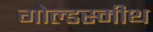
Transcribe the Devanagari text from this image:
गोल्डस्मीथ